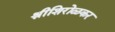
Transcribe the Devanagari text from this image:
श्रीशिरोळकर